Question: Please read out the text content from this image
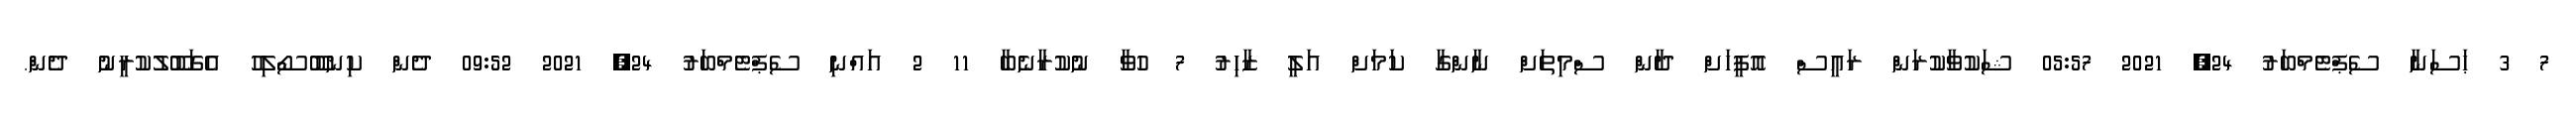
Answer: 7 3 ޙަސަނާ ސެޕްޓެމްބަރު 24, 2021 05:57 ޝަކުވާކުރަން ރައީސް އޮފީހަށް ދާން ސްމިތަށް ނާންގާ ކަމަށް އަލީ ޒާހިރު 7 ހުވާ ނުކުރާނެބާ 11 2 އައްނި ސެޕްޓެމްބަރު 24, 2021 09:52 ދެން ކިނބޫސޯލިހު އެގަބޫލުކުރީނު ދެން.